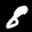
Label: 8